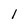
Character: 1